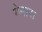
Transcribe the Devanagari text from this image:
गेमारा